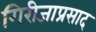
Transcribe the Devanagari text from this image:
गिरीजाप्रसाद